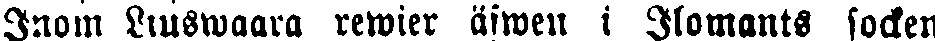
Inom Liuswaara rewier äfwen i Ilomants socken